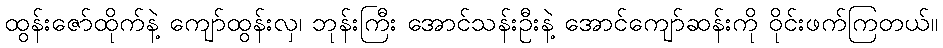
ထွန်းဇော်ထိုက်နဲ့ ကျော်ထွန်းလှ၊ ဘုန်းကြီး အောင်သန်းဦးနဲ့ အောင်ကျော်ဆန်းကို ဝိုင်းဖက်ကြတယ်။